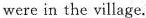
were in the village.